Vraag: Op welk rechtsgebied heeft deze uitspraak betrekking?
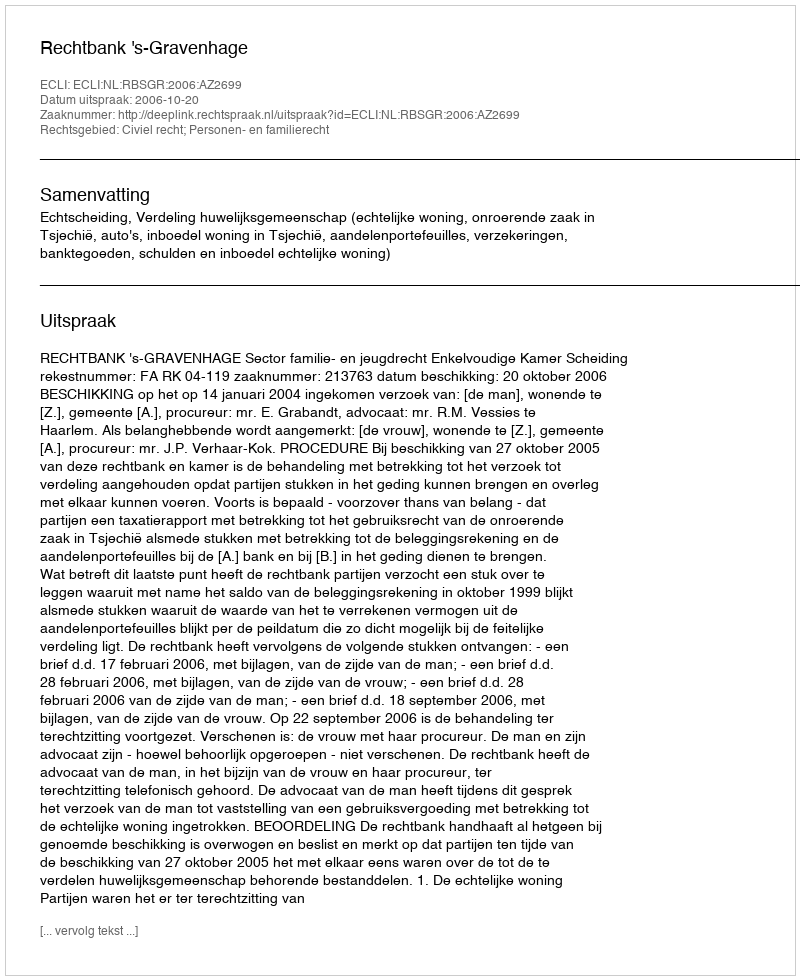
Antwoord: Civiel recht; Personen- en familierecht